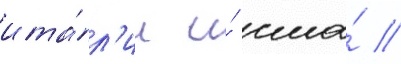
ита́л'ии и́ сша́ //